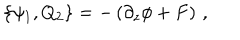
LaTeX: \{ \psi _ { 1 } , Q _ { 2 } \} = - \left( \partial _ { z } \phi + F \right) \, ,